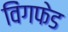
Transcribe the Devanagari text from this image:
विंगफेड